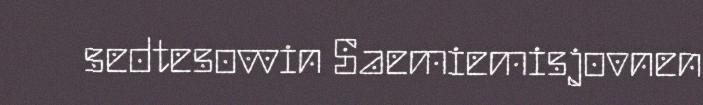
sedtesovvin Saemiemisjovnen